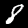
Digit: 8